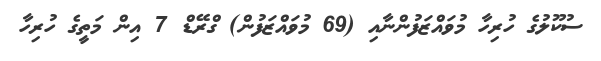
ސުކޫލުގެ ހުރިހާ މުވައްޒަފުންނާއި (69 މުވައްޒަފުން) ގްރޭޑް 7 އިން މަތީގެ ހުރިހާ